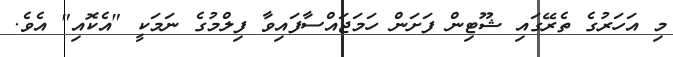
މި އަހަރުގެ ތެރޭގައި ޝޫޓިން ފަށަން ހަމަޖައްސާފައިވާ ފިލްމުގެ ނަމަކީ "އެކޮއި" އެވެ.